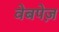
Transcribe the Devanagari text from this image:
वेबपेज़